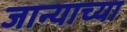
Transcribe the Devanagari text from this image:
जान्याच्या